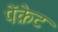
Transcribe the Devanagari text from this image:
पेंक्रेट